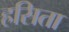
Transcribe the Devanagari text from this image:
हसिता